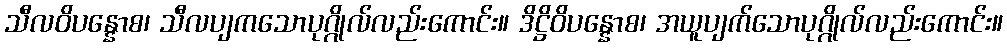
သီလဝိပန္နောစ၊ သီလပျကသောပုဂ္ဂိုလ်လည်းကောင်း။ ဒိဋ္ဌိဝိပန္နောစ၊ အယူပျက်သောပုဂ္ဂိုလ်လည်းကောင်း။